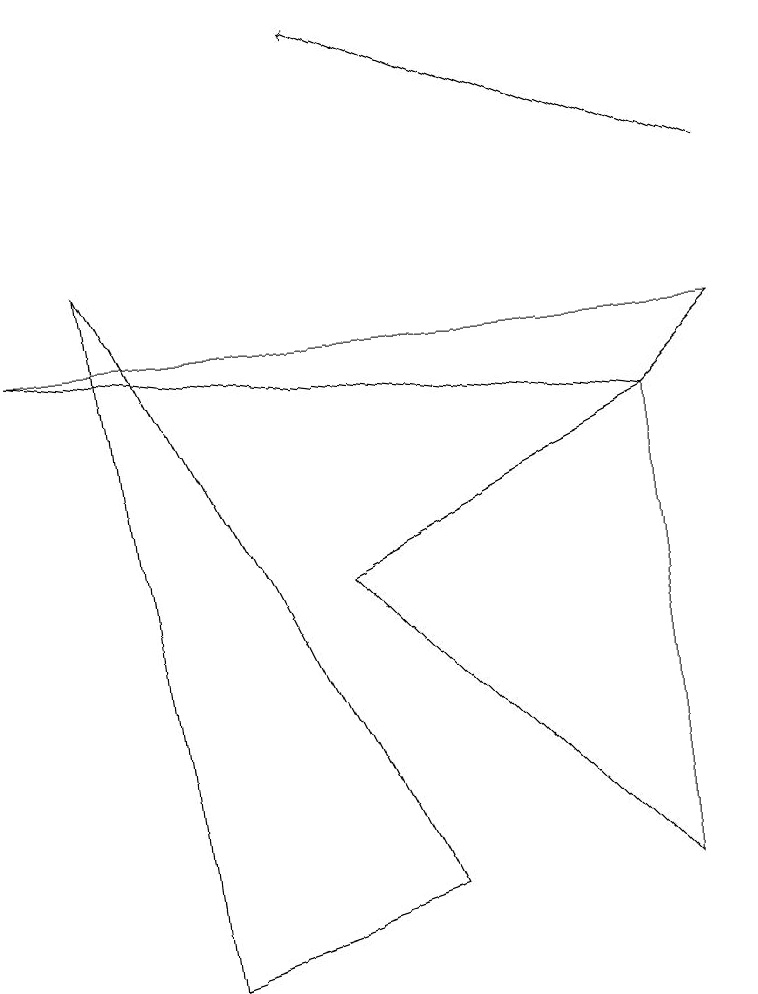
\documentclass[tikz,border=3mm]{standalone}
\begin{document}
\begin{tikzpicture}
\draw (0,8) -- (9,8) -- (8,7) -- cycle;
\draw[->] (9,10) -- (4,12);
\draw (5,1) -- (1,9) -- (2,0) -- cycle;
\draw (8,7) -- (4,5) -- (8,1) -- cycle;
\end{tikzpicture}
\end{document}